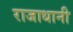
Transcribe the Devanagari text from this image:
राजाधानी